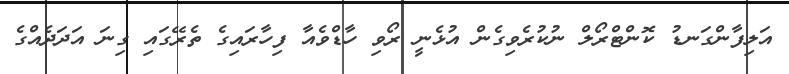
އަލިފާންގަނޑު ކޮންޓްރޯލް ނުކުރެވިގެން އުޅެނީ ރޯވި ހާޑްވެއާ ފިހާރައިގެ ތެރޭގައި ގިނަ އަދަދެއްގެ